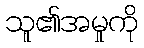
သူ၏အမှုကို